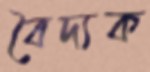
বৈদ্যক